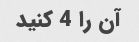
آن را 4 کنید